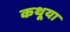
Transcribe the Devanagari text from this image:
कथूया